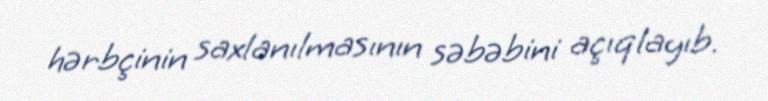
hərbçinin saxlanılmasının səbəbini açıqlayıb.